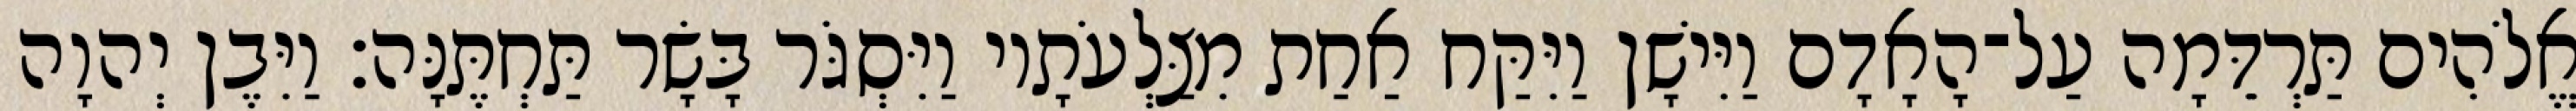
אֱלֹהִים תַּרְדֵּמָה עַל־הָאָדָם וַיִּישָׁן וַיִּקַּח אַחַת מִצַּלְעֹתָיו וַיִּסְגֹּר בָּשָׂר תַּחְתֶּנָּה׃ וַיִּבֶן יְהוָה